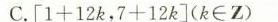
C. $$[ 1 + 1 2 k ， 7 + 1 2 k ]$$( k \in Z )